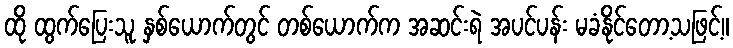
ထို ထွက်ပြေးသူ နှစ်ယောက်တွင် တစ်ယောက်က အဆင်းရဲ အပင်ပန်း မခံနိုင်တော့သဖြင့်။